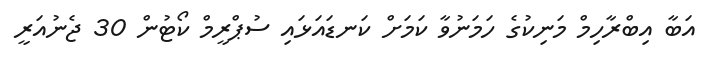
އަބާ އިބްރާހިމް މަނިކުގެ ހަމަނުވާ ކަމަށް ކަނޑައަޅައި ސުޕްރީމް ކޯޓުން 30 ޖެނުއަރީ